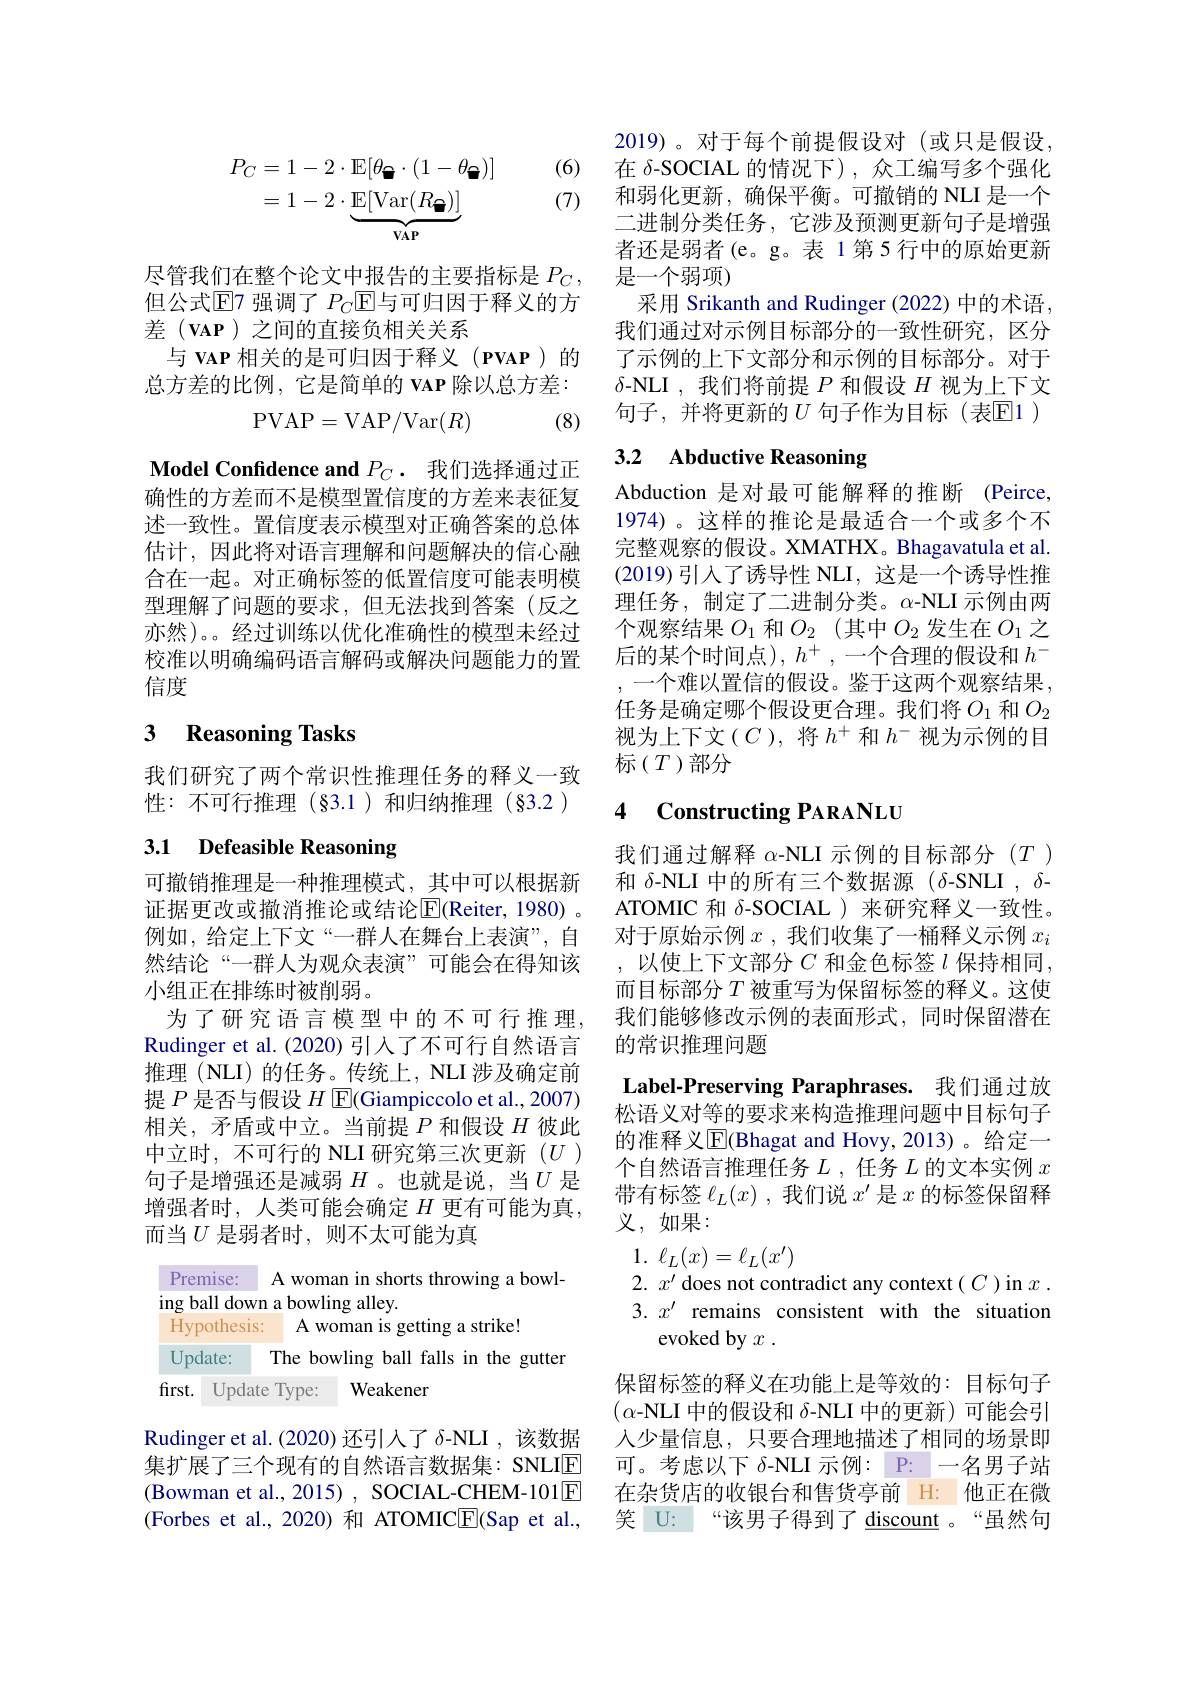
(6)
$$\begin{aligned}P_{C}&=1-2\cdot\mathbb{E}[\theta_{\bullet}\cdot(1-\theta_{\bullet})]\\&=1-2\cdot\underbrace{\mathbb{E}[\mathrm{Var}(R_{\bullet})]}_{\mathbf{VAP}}\end{aligned}$$
(7)

尽管我们在整个论文中报告的主要指标是$P_C$, 但公式[E]7 强调了$P_C$E[与可归因于释义的方差$(\mathbf{v}\mathbf{A}\mathbf{p})$之间的直接负相关关系
与 VAP 相关的是可归因于释义 (PVAP)的总方差的比例，它是简单的 VAP 除以总方差：

(8)
$$\mathrm P\mathrm V\mathrm A\mathrm P=\mathrm V\mathrm A\mathrm P/\mathrm V\mathrm a\mathrm r(R)$$
Model Confidence and $P_C.$我们选择通过正确性的方差而不是模型置信度的方差来表征复述一致性。置信度表示模型对正确答案的总体估计，因此将对语言理解和问题解决的信心融合在一起。对正确标签的低置信度可能表明模型理解了问题的要求，但无法找到答案(反之亦然)。。经过训练以优化准确性的模型未经过校准以明确编码语言解码或解决问题能力的置信度

## 3 Reasoning Tasks

我们研究了两个常识性推理任务的释义一致性：不可行推理(§3.1)和归纳推理(§3.2)

# 3.1 Defeasible Reasoning

可撤销推理是一种推理模式，其中可以根据新证据更改或撤消推论或结论$|\mathbb{E}|($Reiter, 1980) 。例如，给定上下文“一群人在舞台上表演”,自然结论“一群人为观众表演”可能会在得知该小组正在排练时被削弱。
为了研究语言模型中的不可行推理， Rudinger et al. (2020) 引入了不可行自然语言推理 (NLI)的任务。传统上，NLI 涉及确定前提$P$是否与假设$H$ E(Giampiccolo et al., 2007) 相关，矛盾或中立。当前提$P$和假设$H$彼此中立时，不可行的 NLI 研究第三次更新$(U)$ 句子是增强还是减弱$H$ 。也就是说，当$U$是增强者时，人类可能会确定 $H$ 更有可能为真， 而当$U$ 是弱者时，则不太可能为真

Premise: A woman in shorts throwing a bowl-

ing ball down a bowling alley.

Hypothesis: A woman is getting a strike!

Update: The bowling ball falls in the gutter

first. Update Type: Weakener

Rudinger et al.(2020) 还引人了$\delta$-NLI ,该数据集扩展了三个现有的自然语言数据集：SNLIE (Forbes et al.,2020)和 ATOMIC$\underline{\mathrm{E}}($Sap et al.,

2019)。对于每个前提假设对(或只是假设在 δ-SOCIAL 的情况下),众工编写多个强化和弱化更新，确保平衡。可撤销的 NLI 是一个二进制分类任务，它涉及预测更新句子是增强者还是弱者(e。g。表 1 第 5 行中的原始更新是一个弱项)
采用 Srikanth and Rudinger (2022) 中的术语， 我们通过对示例目标部分的一致性研究，区分了示例的上下文部分和示例的目标部分。对于$\delta$-NLI ,我们将前提$P$和假设$H$视为上下文句子，并将更新的$U$ 句子作为目标(表$\mathbb{E}$1)

## 3.2 Abductive Reasoning

Abduction 是对最可能解释的推断 (Peirce, 1974)。这样的推论是最适合一个或多个不完整观察的假设。XMATHX。Bhagavatula et al. (2019)引入了诱导性 NLI, 这是一个诱导性推理任务，制定了二进制分类。$\alpha$-NLI 示例由两个观察结果$O_1$和$O_2$ (其中$O_2$发生在$O_1$之后的某个时间点), $h^+$,一个合理的假设和$h^-$ 一个难以置信的假设。鉴于这两个观察结果任务是确定哪个假设更合理。我们将$O_{1}$ 和$O_{2}$ 视为上下文($C$ ), 将$h^+$和$h^-$视为示例的目标(T)部分

### 4 $\textbf{Constructing PARANLU}$

我们通过解释 α-NLI 示例的目标部分 (T) 和$\delta$-NLI 中的所有三个数据源($\delta$-SNLI$,\delta$- ATOMIC 和 δ-SOCIAL ) 来研究释义一致性。对于原始示例$x$ ,我们收集了一桶释义示例$x_i$ ,以使上下文部分$C$ 和金色标签$l$ 保持相同， 而目标部分$T$被重写为保留标签的释义。这使我们能够修改示例的表面形式，同时保留潜在的常识推理问题
Label-Preserving Paraphrases. 我们通过放松语义对等的要求来构造推理问题中目标句子的准释义$\overline{\mathrm{E}}$(Bhagat and Hovy,2013)。给定一个自然语言推理任务$L$,任务$L$的文本实例$x$ 带有标签$\ell_L(x)$ ,我们说$x^\prime$是$x$的标签保留释义，如果：

1. $\ell _{L}( x) = \ell _{L}( x^{\prime })$
2. $x^\prime$ does not contradict any context( $C$ )in $x.$ 3. $x^{\prime}$ remains consistent with the situation
evoked by $x$ .

保留标签的释义在功能上是等效的：目标句子$(\alpha$-NLI 中的假设和$\delta$-NLI 中的更新)可能会引人少量信息，只要合理地描述了相同的场景即可。考虑以下$\delta$-NLI 示例：P: 一名男子站
(Bowman et al., 2015) , SOCIAL-CHEM-101$\boxed{\mathrm{E} }$ 在杂货店的收银台和售货亭前 H: 他正在微
笑 U: “该男子得到了 discount 。“虽然句